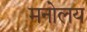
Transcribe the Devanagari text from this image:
मनोलय